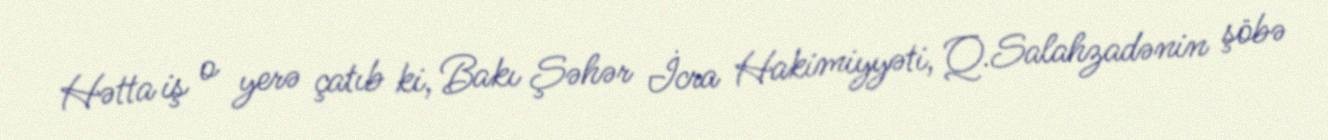
Hətta iş o yerə çatıb ki, Bakı Şəhər İcra Hakimiyyəti, Q.Salahzadənin şöbə